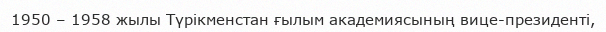
1950 – 1958 жылы Түрікменстан ғылым академиясының вице-президенті,